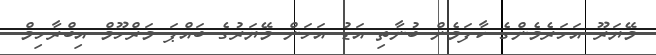
މޭޔަރޫ އަހަރެމެންގެ ކާފަމެން ބުނާތި އަޑު އަހަން މޭޔަރުގެ ބައްޕަ މަރްހޫމް އިބްރާހިމް